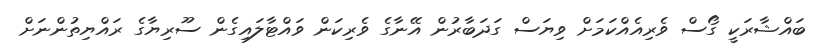
ބައްޝާރަކީ ގޯސް ވެރިއެއްކަމަށް ވިޔަސް ގަދަބާރުން އޭނާގެ ވެރިކަން ވައްޓާލައިގެން ސޫރިޔާގެ ރައްޔިތުންނަށް